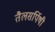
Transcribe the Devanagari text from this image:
तैलसर्पिषी